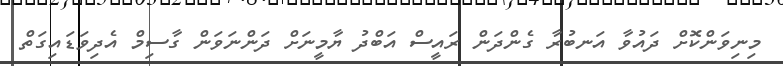
މިނިވަންކޮށް ދައުވާ އަނބުރާ ގެންދަން ރައީސް އަބްދު ޔާމީނަށް ދަންނަވަން ގާސިމް އެދިވަަޑައިގަތް